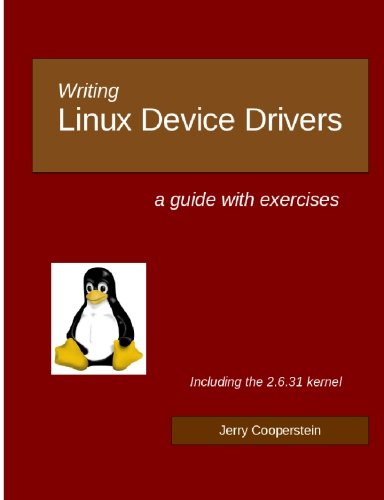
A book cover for Writing Linux Device Drivers: a guide with exercises; Dr Jerry Cooperstein; Computers & Technology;